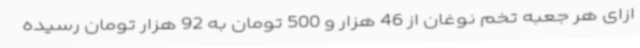
ازای هر جعبه تخم نوغان از 46 هزار و 500 تومان به 92 هزار تومان رسیده